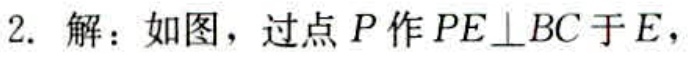
2. 解：如图，过点 \(P\) 作 \(PE\perp BC\) 于 \(E\)，